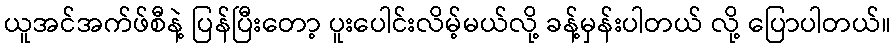
ယူအင်အက်ဖ်စီနဲ့ ပြန်ပြီးတော့ ပူးပေါင်းလိမ့်မယ်လို့ ခန့်မှန်းပါတယ် လို့ ပြောပါတယ်။